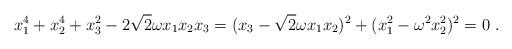
LaTeX: \begin{align*}x_1^4 + x_2^4 +x_3^2 - 2 \sqrt{2} \omega x_1 x_2 x_3 =( x_3 - \sqrt{2} \omega x_1 x_2 )^2 +( x_1^2 - \omega^2 x_2^2 )^2 = 0 \ .\end{align*}